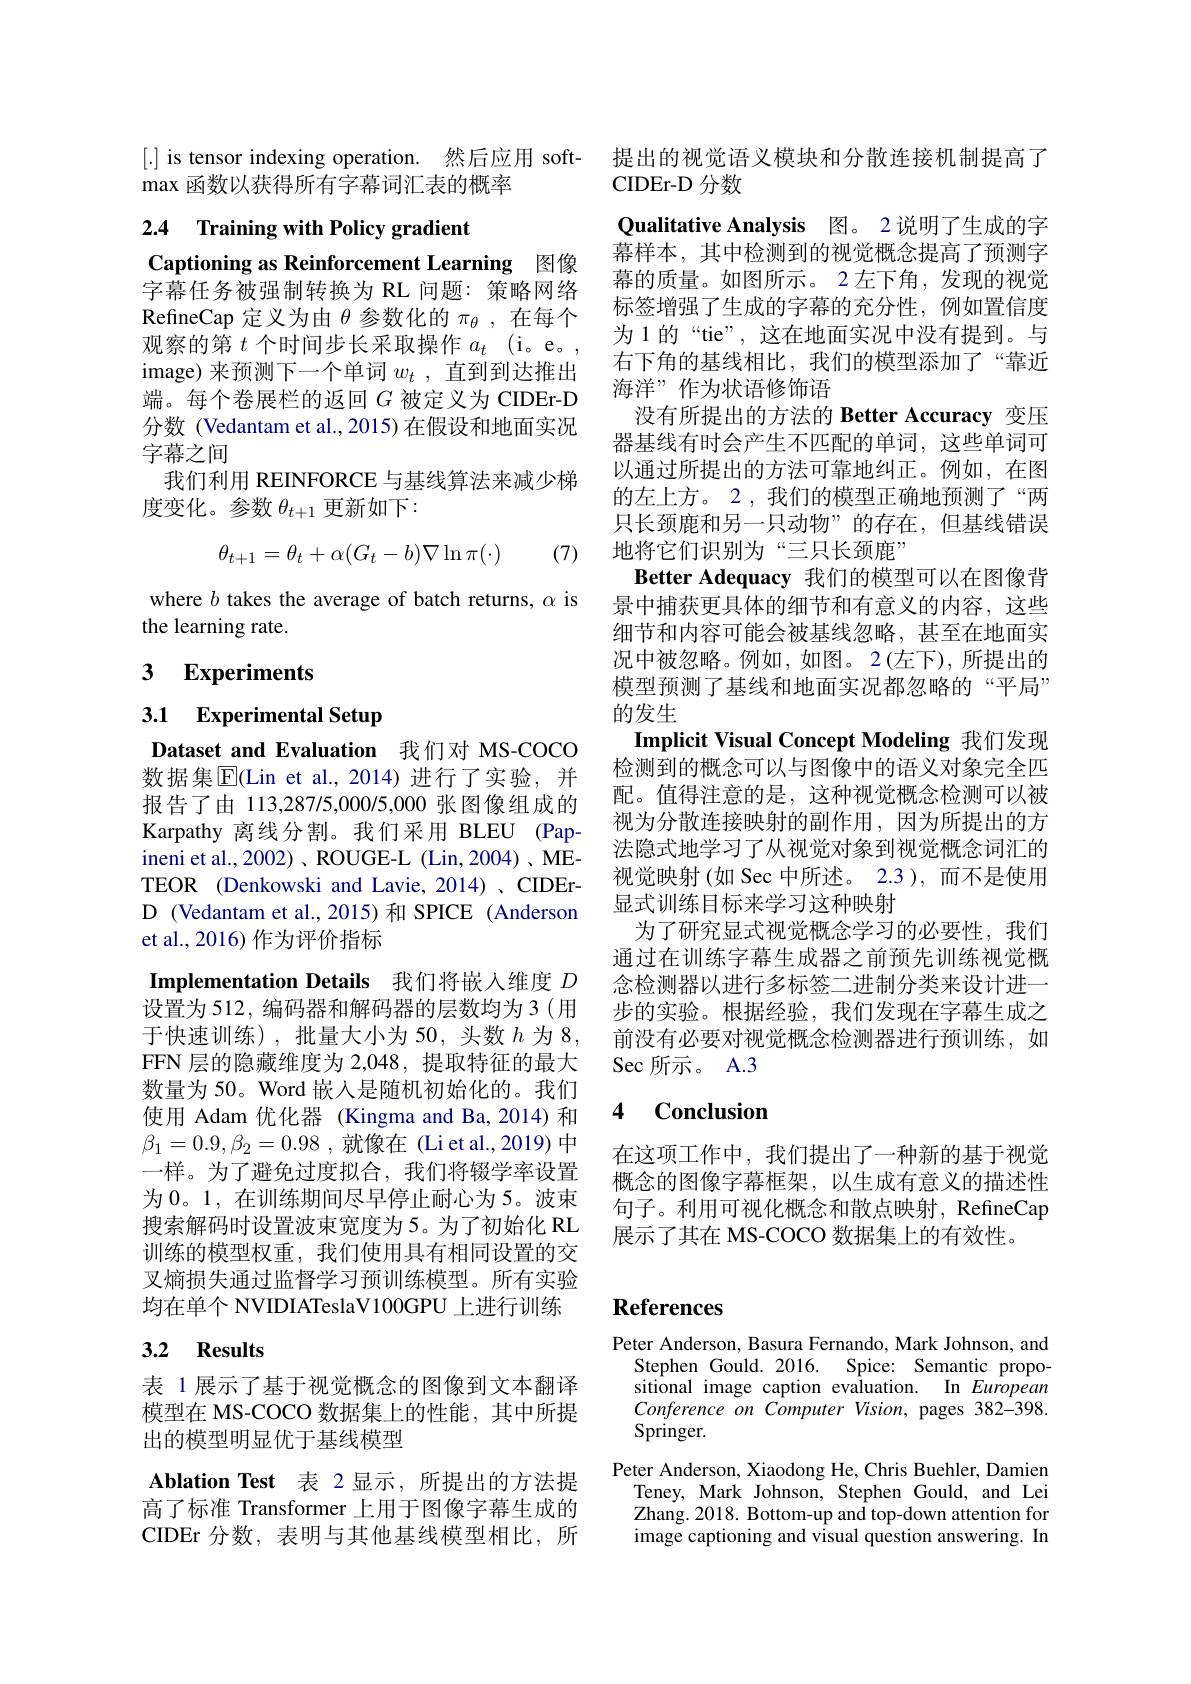
[.] is tensor indexing operation. 然后应用 soft-
max 函数以获得所有字幕词汇表的概率

2.4 Training with Policy gradient

Captioning as Reinforcement Learning 图像字幕任务被强制转换为 RL 问题：策略网络RefineCap 定义为由$\theta$参数化的$\pi_\theta$,在每个观察的第$t$个时间步长采取操作$a_t$ (i。e。, image) 来预测下一个单词$w_t$,直到到达推出端。每个卷展栏的返回$G$ 被定义为 CIDEr-D 分数 (Vedantam et al.,2015) 在假设和地面实况字幕之间
我们利用 REINFORCE 与基线算法来减少梯
度变化。参数$\theta_t+1$更新如下：
$$\theta_{t+1}=\theta_t+\alpha(G_t-b)\nabla\ln\pi(\cdot)$$
(7)

where $b$ takes the average of batch returns, $\alpha$ is
the learning rate.

# 3 Experiments

3.1 Experimental Setup
Dataset and Evaluation 我们对 MS-COCO

数据集|E(Lin et al.,2014)进行了实验，并报告了由 113,287/5,000/5,000 张图像组成的Karpathy 离线分割。我们采用 BLEU (Papineni et al., 2002) , ROUGE-L (Lin, 2004) 、METEOR (Denkowski and Lavie, 2014)、CIDErD (Vedantam et al., 2015) 和 SPICE (Anderson et al., 2016) 作为评价指标

Implementation Details 我们将嵌入维度$D$ 设置为 512, 编码器和解码器的层数均为 3 (用于快速训练),批量大小为 50,头数$h$为 8, FFN 层的隐藏维度为 2,048, 提取特征的最大数量为 50。Word 嵌入是随机初始化的。我们使用 Adam 优化器 (Kingma and Ba,2014) 和$\beta_1=0.9,\beta_2=0.98$ ,就像在 (Li et al.,2019) 中一样。为了避免过度拟合，我们将辍学率设置为 0。1, 在训练期间尽早停止耐心为 5。波束搜索解码时设置波束宽度为5。为了初始化 RL 训练的模型权重，我们使用具有相同设置的交叉熵损失通过监督学习预训练模型。所有实验均在单个 NVIDIATeslaV100GPU 上进行训练

## 3.2 Results

表 1 展示了基于视觉概念的图像到文本翻译模型在 MS-COCO 数据集上的性能，其中所提出的模型明显优于基线模型
Ablation Test 表 2显示，所提出的方法提高了标准 Transformer 上用于图像字幕生成的CIDEr 分数，表明与其他基线模型相比，所

提出的视觉语义模块和分散连接机制提高了
CIDEr-D 分数
Qualitative Analysis 图。2 说明了生成的字幕样本，其中检测到的视觉概念提高了预测字幕的质量。如图所示。2左下角，发现的视觉标签增强了生成的字幕的充分性，例如置信度为 1 的“tie”, 这在地面实况中没有提到。与右下角的基线相比，我们的模型添加了“靠近海洋”作为状语修饰语
没有所提出的方法的 Better Accuracy 变压器基线有时会产生不匹配的单词，这些单词可以通过所提出的方法可靠地纠正。例如，在图的左上方。2 , 我们的模型正确地预测了“两只长颈鹿和另一只动物”的存在，但基线错误地将它们识别为“三只长颈鹿”
Better Adequacy 我们的模型可以在图像背景中捕获更具体的细节和有意义的内容，这些细节和内容可能会被基线忽略，甚至在地面实况中被忽略。例如，如图。2(左下),所提出的模型预测了基线和地面实况都忽略的“平局” 的发生
Implicit Visual Concept Modeling 我们发现检测到的概念可以与图像中的语义对象完全匹配。值得注意的是，这种视觉概念检测可以被视为分散连接映射的副作用，因为所提出的方法隐式地学习了从视觉对象到视觉概念词汇的视觉映射 (如 Sec 中所述。2.3 ),而不是使用显式训练目标来学习这种映射
为了研究显式视觉概念学习的必要性，我们通过在训练字幕生成器之前预先训练视觉概念检测器以进行多标签二进制分类来设计进一步的实验。根据经验，我们发现在字幕生成之前没有必要对视觉概念检测器进行预训练，如Sec 所示。A.3

### 4 $\textbf{Conclusion}$

在这项工作中，我们提出了一种新的基于视觉概念的图像字幕框架，以生成有意义的描述性句子。利用可视化概念和散点映射，RefineCap 展示了其在 MS-COCO 数据集上的有效性。

# References

Peter Anderson, Basura Fernando, Mark Johnson, and
Stephen Gould.2016. Spice: Semantic propositional image caption evaluation. In European Conference on Computer Vision, pages 382-398. Springer.
Peter Anderson, Xiaodong He, Chris Buehler, Damien
Teney, Mark Johnson, Stephen Gould, and Lei Zhang. 2018. Bottom-up and top-down attention for image captioning and visual question answering. In